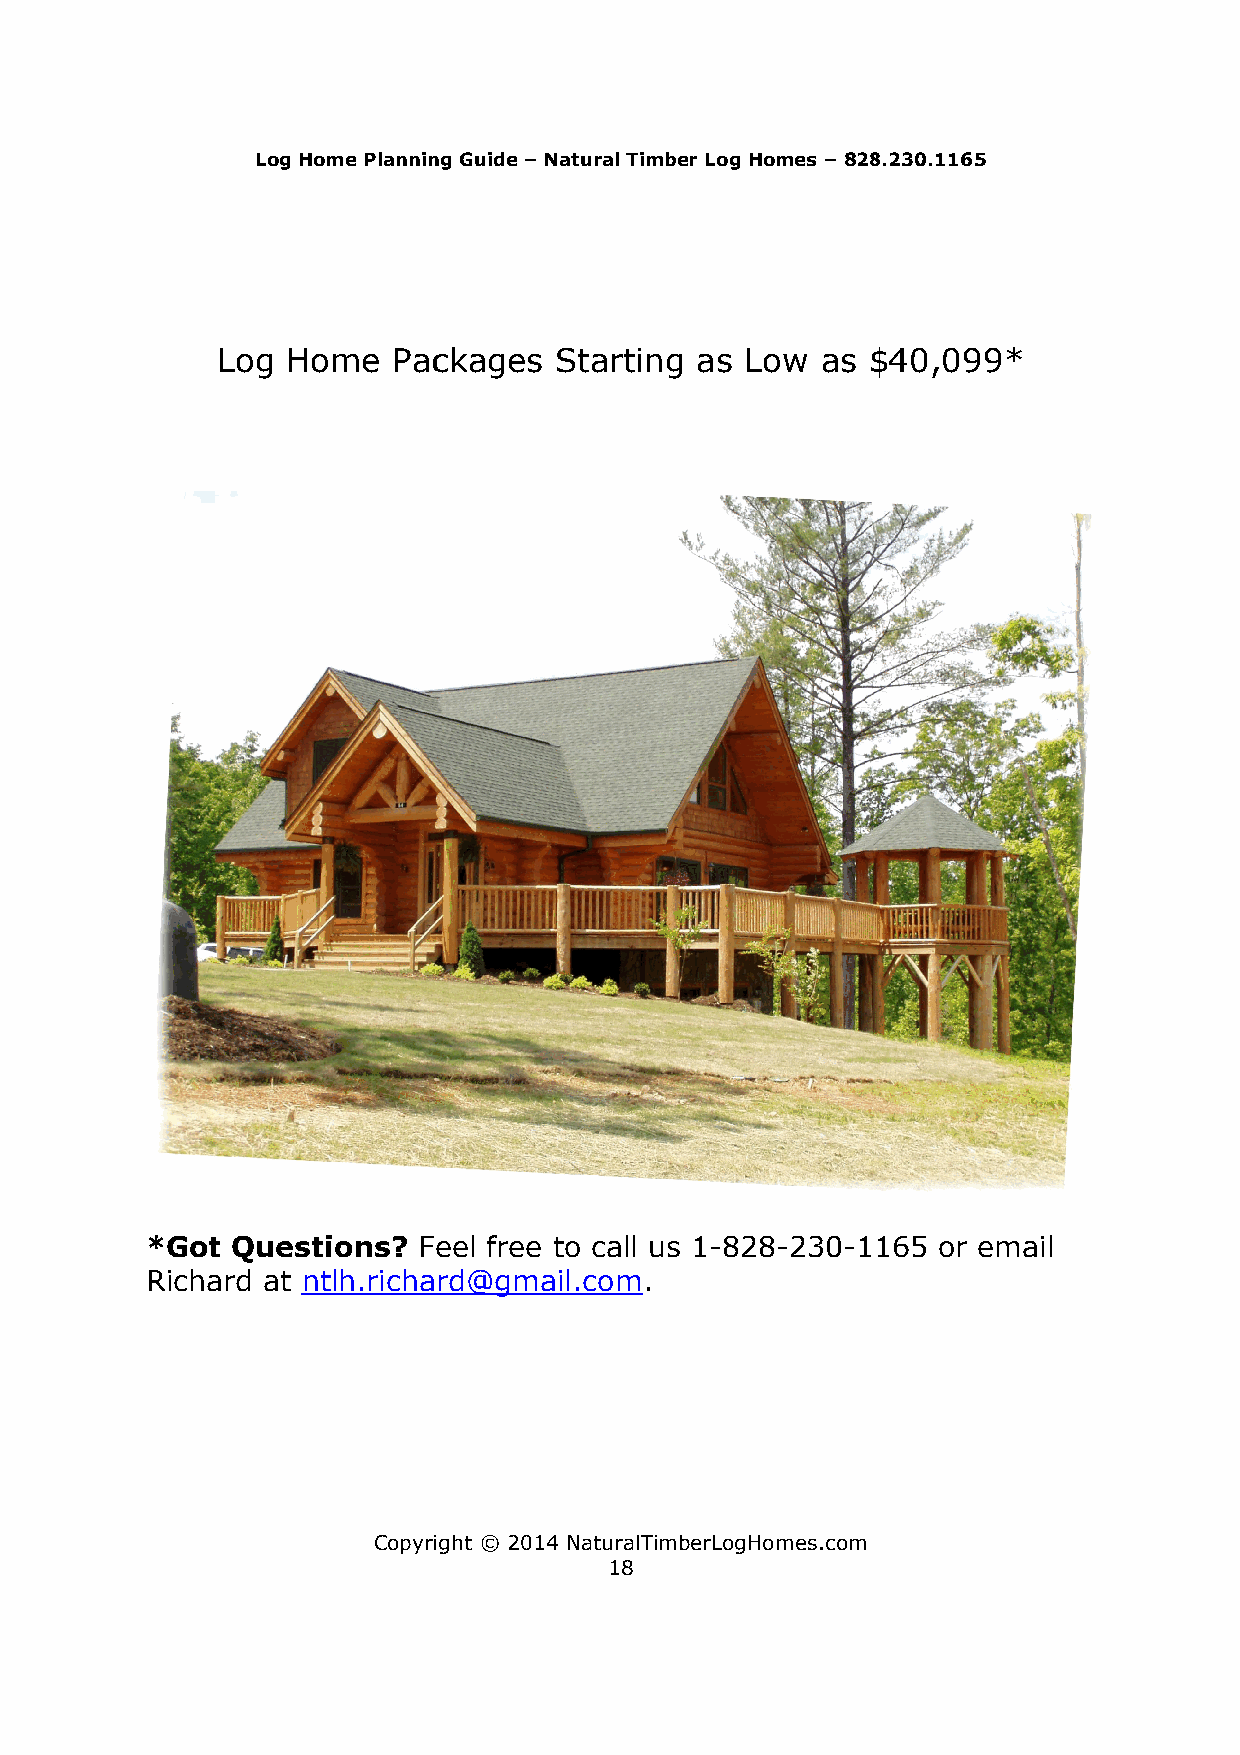
LLoogg HHoommee PPllaannnniinngg GGuuiiddee – Natural Timber Log Homes – 882288..223300..11116655
 LLoogg HHoommee PPaacckkaaggeess SSttaarrttiinngg aass LLooww aass $$4400,,009999**
 *Got Questions?   FFeeeell ffrreeee ttoo ccaallll uuss 11-828-230-11116655 oorr eemmaaiill
 Richard at nnttllhh..rriicchhaarrdd@@ggmmaaiill..ccoomm.
 CCooppyyrriigghhtt ©© 2014 NaturalTimberLogHomes.com
 18